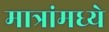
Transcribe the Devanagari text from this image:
मात्रांमध्ये